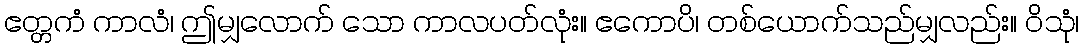
ဧတ္တကံ ကာလံ၊ ဤမျှလောက် သော ကာလပတ်လုံး။ ဧကောပိ၊ တစ်ယောက်သည်မျှလည်း။ ဝိသုံ၊